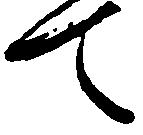
て